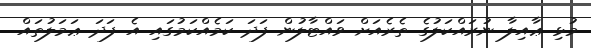
މުޅި ޢާއިލާ ނުރައްކަލުގެ ތެރެއަށް ވައްޓާލުން ފަދަ ކަމެއްކަމުގައި އެ ފަދަ ޢަމަލުތައް